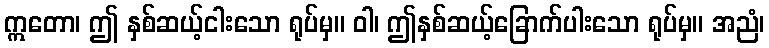
ဣတော၊ ဤ နှစ်ဆယ့်ငါးသော ရုပ်မှ။ ဝါ၊ ဤနှစ်ဆယ့်ခြောက်ပါးသော ရုပ်မှ။ အညံ၊